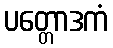
ပတ္တောဒကံ